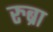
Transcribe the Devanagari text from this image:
रुब्रा